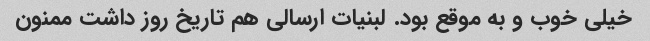
خیلی خوب و به موقع بود. لبنیات ارسالی هم تاریخ روز داشت ممنون